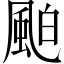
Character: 𩗀